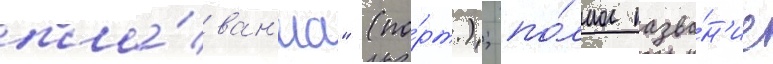
пла́ван'иа" (по́рт.); по́лное назва́н'ие